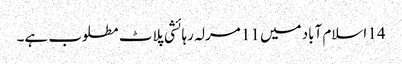
14 اسلام آباد میں 11 مرلہ رہائشی پلاٹ مطلوب ہے۔